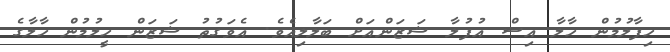
ހިފާލުމުން ހާލާ އިސް އުފުލާ ޝަޒަންއަށް ބަލާލިއެވެ. އެވަގުތު ޝަޒަން ހީލުމުން ހާލާގެ